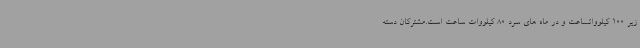
زیر 100 کیلوواتساعت و در ماه های سرد 80 کیلووات ساعت است.مشترکان دسته